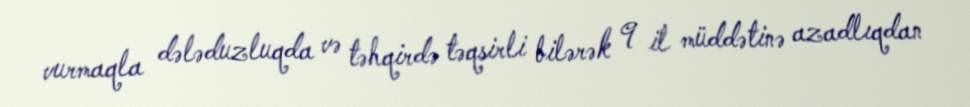
vurmaqla dələduzluqda və təhqirdə təqsirli bilərək 9 il müddətinə azadlıqdan